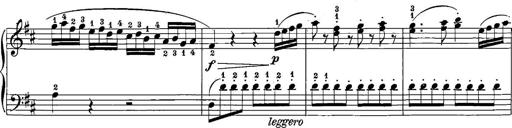
Title: 12 Sonatinas
Composer: Ignaz Pleyel